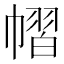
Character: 𢄭